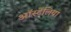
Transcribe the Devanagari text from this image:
ऑस्टेंलिया